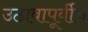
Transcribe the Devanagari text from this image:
उठावापूर्वीच